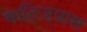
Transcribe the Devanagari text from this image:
वानिज्यास